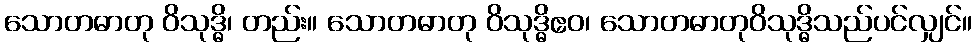
သောတဓာတု ဝိသုဒ္ဓိ၊ တည်း။ သောတဓာတု ဝိသုဒ္ဓိဧဝ၊ သောတဓာတုဝိသုဒ္ဓိသည်ပင်လျှင်။